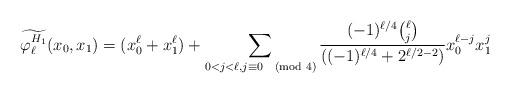
LaTeX: \begin{align*}\widetilde{\varphi_{\ell}^{H_1}}(x_0,x_1)=(x_0^\ell+x_1^\ell)+\sum_{0<j<\ell,j\equiv 0\pmod{4}}\frac{(-1)^{\ell/4}\binom{\ell}{j}}{((-1)^{\ell/4}+2^{\ell/2-2})}x_0^{\ell-j}x_1^j\end{align*}